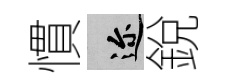
慣邇銳